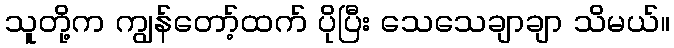
သူတို့က ကျွန်တော့်ထက် ပိုပြီး သေသေချာချာ သိမယ်။